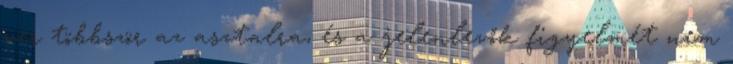
ver többször az asztalra, és a jelenlevők figyelmét nem